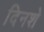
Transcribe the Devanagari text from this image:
दिनशे